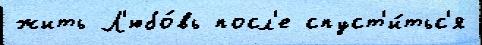
жить Л'юбо́вь посл'е спуст'и́тьс'я